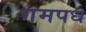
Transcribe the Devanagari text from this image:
गमपध